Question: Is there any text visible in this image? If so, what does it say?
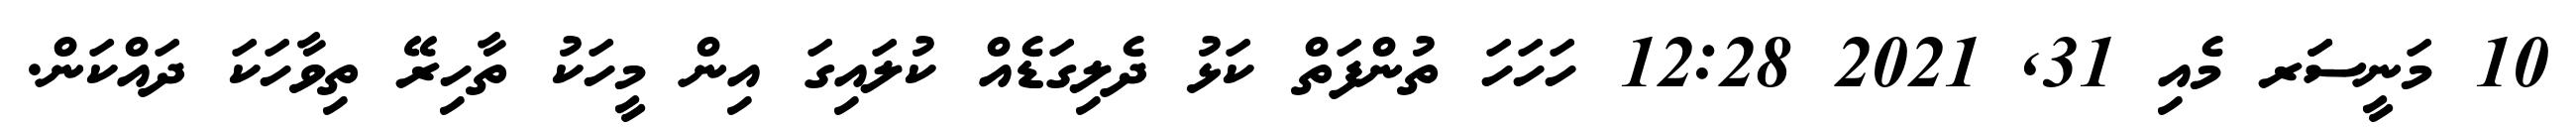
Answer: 10 މަނީސަަރ މެއި 31, 2021 12:28 ހަހަހަ ތުންފަތް ކަޅު ދެލިގަޑެއް ކުލައިގަ އިން މީހަކު ތާހިރޭ ތިވާހަކަ ދައްކަން.